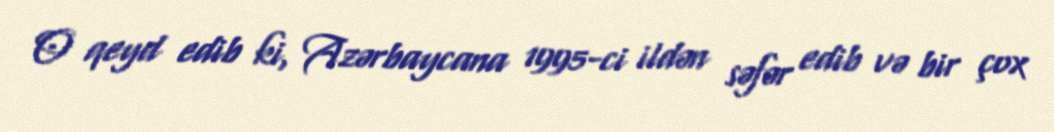
O qeyd edib ki, Azərbaycana 1995-ci ildən səfər edib və bir çox